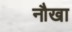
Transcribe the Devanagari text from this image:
नौखा